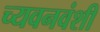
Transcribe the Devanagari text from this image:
च्यवनवंशी